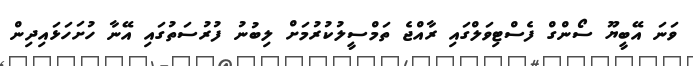
ވަނަ އޭބީޔޫ ސޯންގް ފެސްޓިވަލްގައި ރާއްޖެ ތަމްސީލުކުރުމަށް ލިބުނު ފުރުސަތުގައި އޭނާ ހުށަހަޅައިދިން